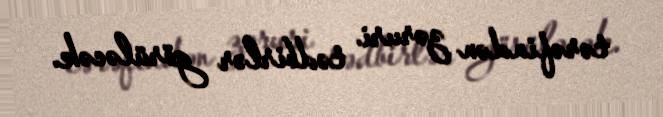
tərəfindən zəruri tədbirlər görüləcək.